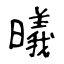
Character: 㬢